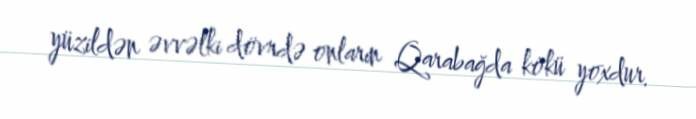
yüzildən əvvəlki dövrdə onların Qarabağda kökü yoxdur.